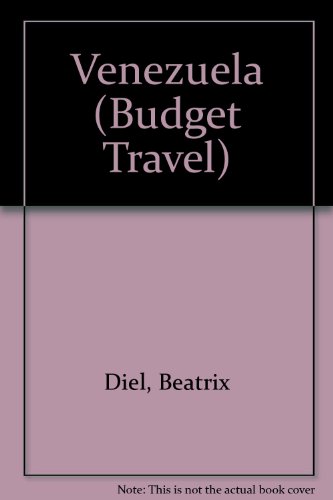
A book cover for Venezuela (Budget Travel); Beatrix Diel; Travel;